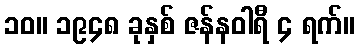
၁၀။ ၁၉၄၈ ခုနှစ် ဇန်နဝါရီ ၄ ရက်။